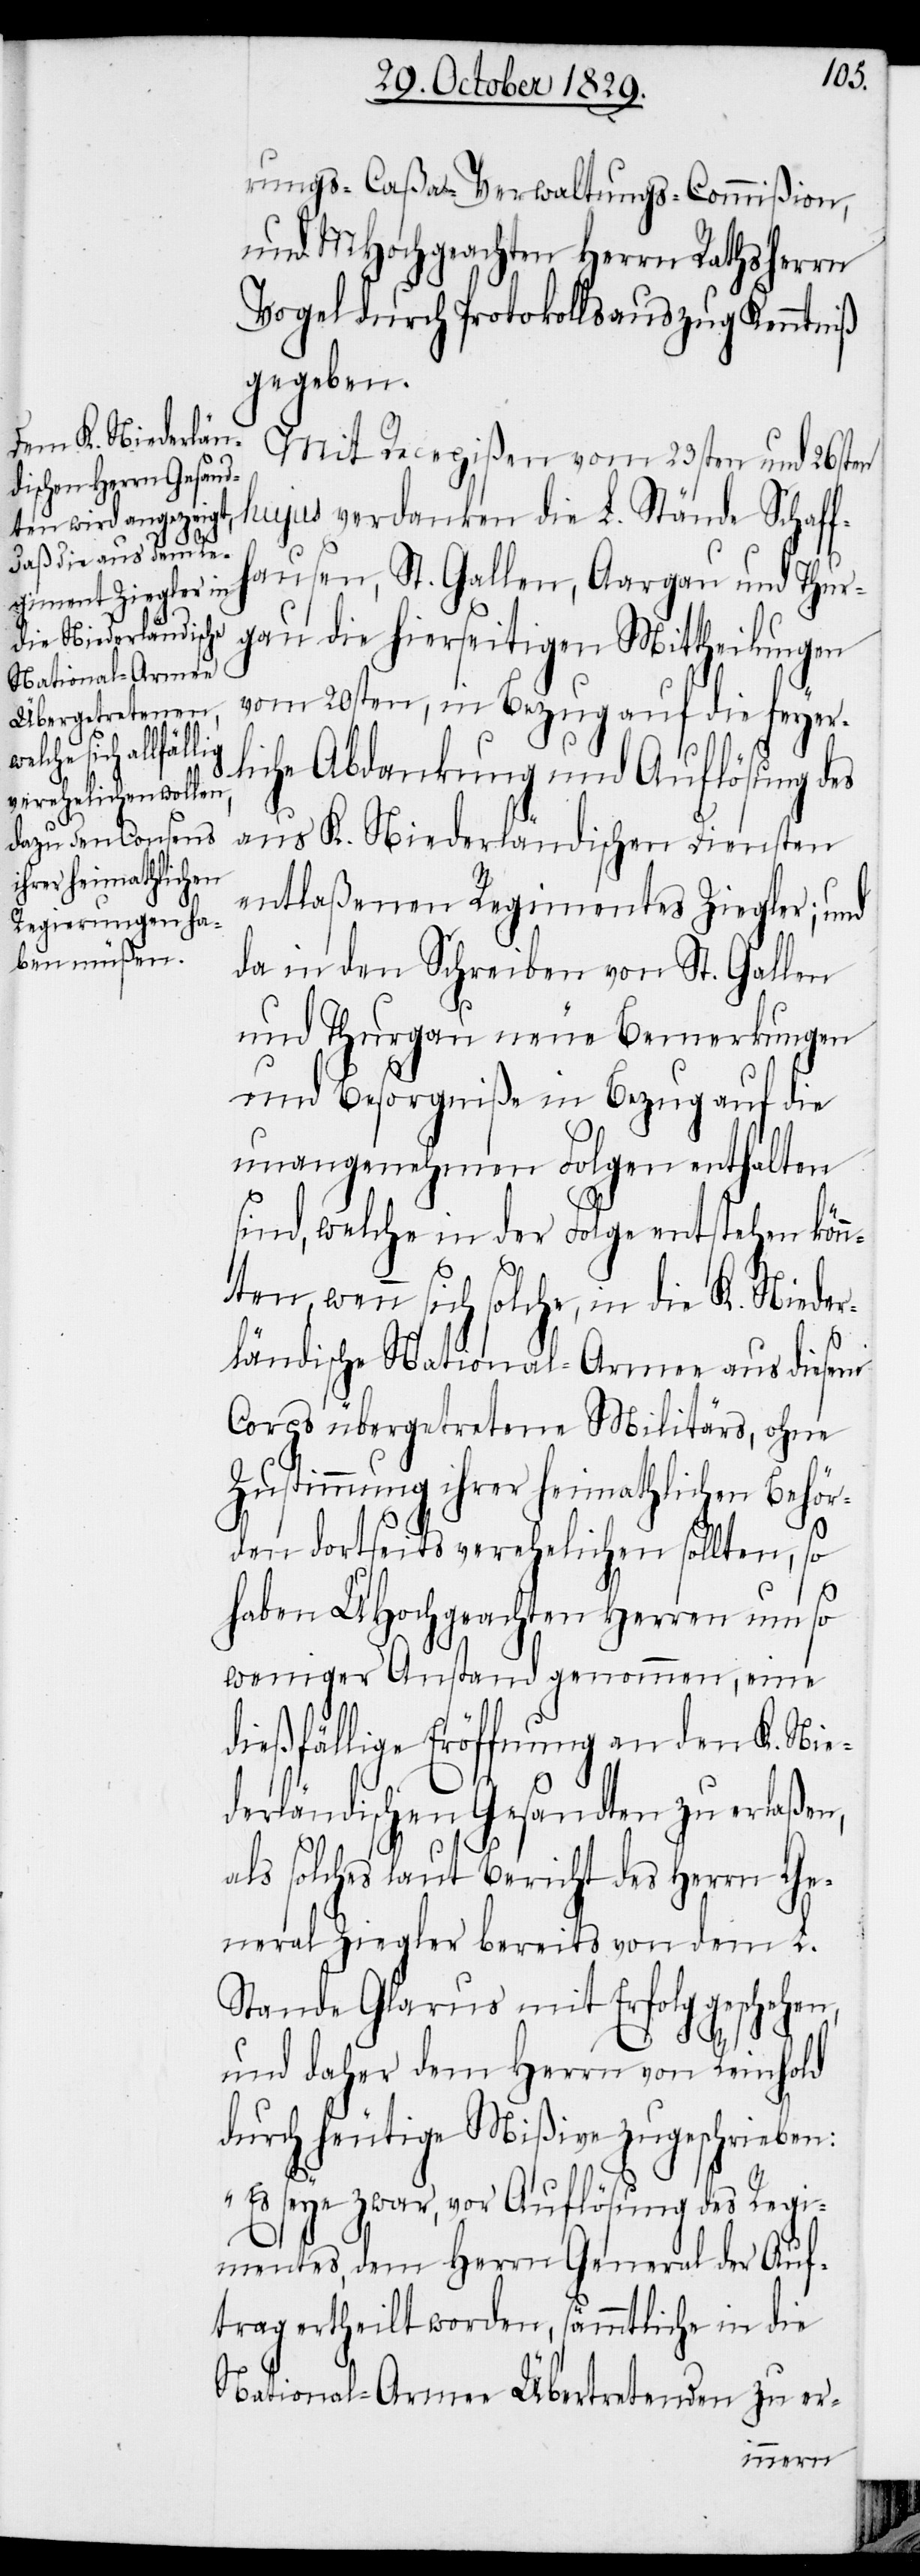
rungs-Caßa-Verwaltungs-Commißion,
und MHochgeachten Herrn Rathsherrn
Vogel durch Protokollsauszug Kenntniß
gegeben.
Mit Recepißen vom 23sten und 26sten
hujus verdanken die L. Stände Schaff¬
hausen, St. Gallen, Aargau und Thur¬
gau die hierseitigen Mittheilungen
vom 20sten, in Bezug auf die feyer¬
liche Abdankung und Auflösung des
aus K. Niederländischen Diensten
entlaßenen Regimentes Ziegler; und
da in den Schreiben von St. Gallen
und Thurgau neue Bemerkungen
und Besorgniße in Bezug auf die
unangenehmen Folgen enthalten
sind, welche in der Folge entstehen könn¬
ten, wenn sich solche, in die K. Nieder¬
ländische National-Armee aus diesem
Corps übergetretene Militärs, ohne
Zustimmung ihrer heimathlichen Behör¬
den dortseits verehelichen sollten, so
haben UHochgeachten Herren um so
weniger Anstand genommen, eine
dießfällige Eröffnung an den K. Nie¬
derländischen Gesandten zu erlaße¬
als solches laut Bericht des Herrn Ge¬
neral Ziegler bereits von dem L.
Stande Glarus mit Erfolg geschehen,
n,
und daher dem Herrn von Reinhold
durch heutige Mißive zugeschrieben:
„Es seye zwar, vor Auflösung des Regi¬
mentes, dem Herrn General der Auf¬
trag ertheilt worden, sämmtliche in die
National-Armee Übertretenden zu er-